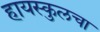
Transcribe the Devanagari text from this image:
हायस्कुलचा